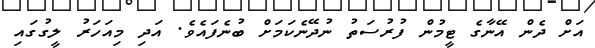
އަށް ދެން އޭނާގެ ޓީމުން ފުރުސަތު ނުދޭނެކަމަށް ބުނެފައެވެ. އަދި މިއަހަރު ލީގުގައި